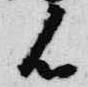
候